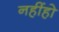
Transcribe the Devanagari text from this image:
नहींहो